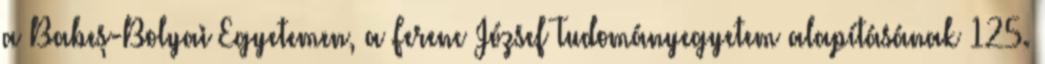
a Babeş-Bolyai Egyetemen, a Ferenc József Tudományegyetem alapításának 125.